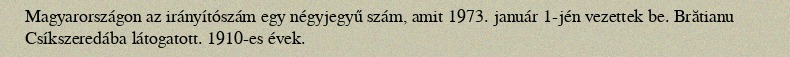
Magyarországon az irányítószám egy négyjegyű szám, amit 1973. január 1-jén vezettek be. Brătianu Csíkszeredába látogatott. 1910-es évek.